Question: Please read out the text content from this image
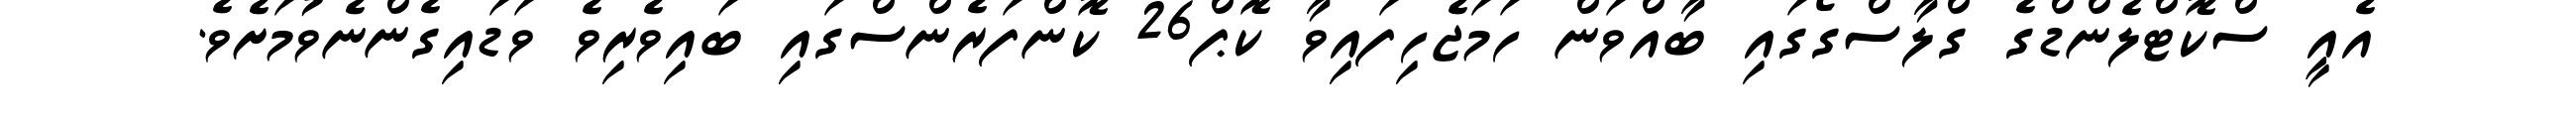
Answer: އެއީ ސްކޮޓްލެންޑްގެ ގްލާސްގޯގައި ބާއްވަން ހަމަޖެހިފައިވާ ކޮޕް26 ކޮންފަރެންސްގައި ބައިވެރިވެ ވަޑައިގެންނެވުމަށެވެ.